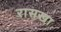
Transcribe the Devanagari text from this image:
रासखा